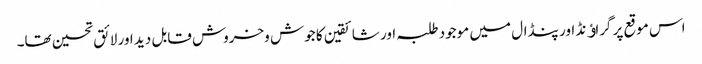
اس موقع پر گراﺅنڈ اور پنڈال میں موجود طلبہ اور شائقین کا جوش وخروش قابل دید اور لائق تحسین تھا۔